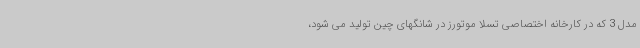
مدل 3 که در کارخانه اختصاصی تسلا موتورز در شانگهای چین تولید می شود،